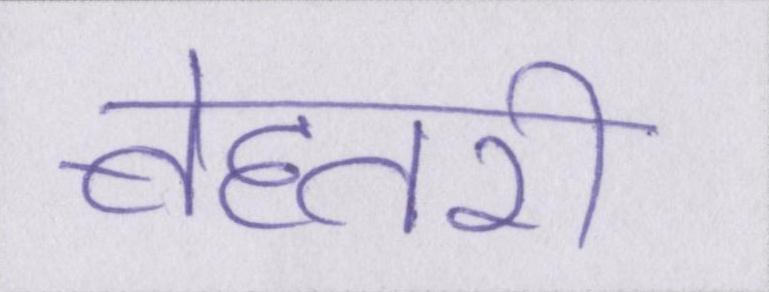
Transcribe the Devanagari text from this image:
बेहतरी